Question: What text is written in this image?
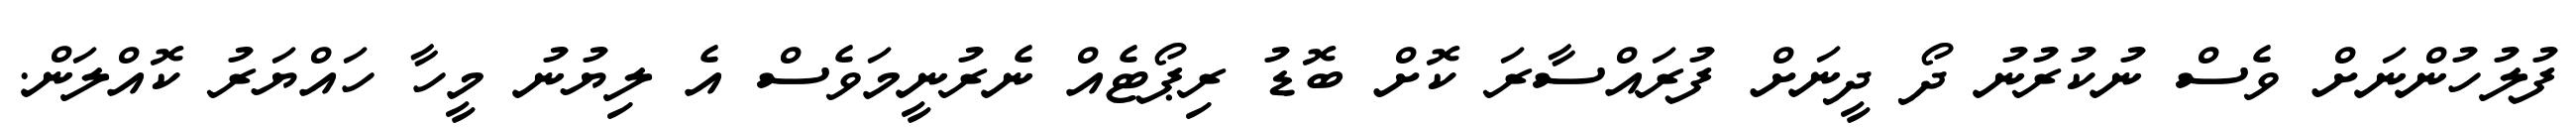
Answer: ފުލުހުންނަށް ވެސް ނުކުރުނު ދޯ ދީނަށް ފުރައްސާރަ ކޮށް ބޮޑު ރިޕޯޓެއް ނެރުނީމަވެސް އެ ލިޔުނު މީހާ ހައްޔަރު ކޮއްލަން.